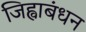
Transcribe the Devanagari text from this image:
जिह्वाबंधन